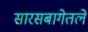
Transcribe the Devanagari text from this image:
सारसबागेतले